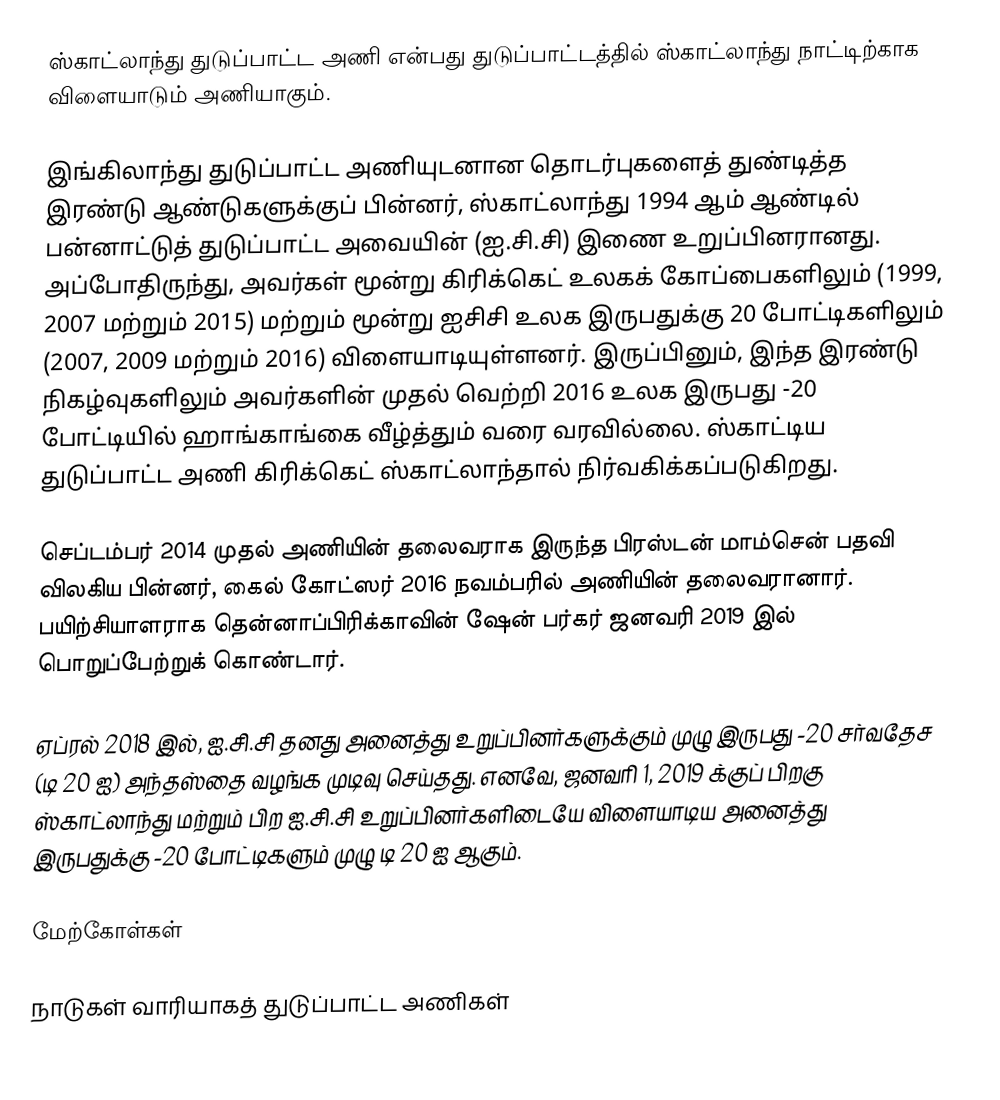
ஸ்காட்லாந்து துடுப்பாட்ட அணி என்பது துடுப்பாட்டத்தில் ஸ்காட்லாந்து நாட்டிற்காக விளையாடும் அணியாகும்.

இங்கிலாந்து துடுப்பாட்ட அணியுடனான தொடர்புகளைத் துண்டித்த இரண்டு ஆண்டுகளுக்குப் பின்னர், ஸ்காட்லாந்து 1994 ஆம் ஆண்டில் பன்னாட்டுத் துடுப்பாட்ட அவையின் (ஐ.சி.சி) இணை உறுப்பினரானது. அப்போதிருந்து, அவர்கள் மூன்று கிரிக்கெட் உலகக் கோப்பைகளிலும் (1999, 2007 மற்றும் 2015) மற்றும் மூன்று ஐசிசி உலக இருபதுக்கு 20 போட்டிகளிலும் (2007, 2009 மற்றும் 2016) விளையாடியுள்ளனர். இருப்பினும், இந்த இரண்டு நிகழ்வுகளிலும் அவர்களின் முதல் வெற்றி 2016 உலக இருபது -20 போட்டியில் ஹாங்காங்கை வீழ்த்தும் வரை வரவில்லை.  ஸ்காட்டிய துடுப்பாட்ட அணி கிரிக்கெட் ஸ்காட்லாந்தால் நிர்வகிக்கப்படுகிறது.

செப்டம்பர் 2014 முதல் அணியின் தலைவராக இருந்த பிரஸ்டன் மாம்சென் பதவி விலகிய பின்னர், கைல் கோட்ஸர் 2016 நவம்பரில் அணியின் தலைவரானார். பயிற்சியாளராக  தென்னாப்பிரிக்காவின் ஷேன் பர்கர் ஜனவரி 2019 இல் பொறுப்பேற்றுக் கொண்டார்.

ஏப்ரல் 2018 இல், ஐ.சி.சி தனது அனைத்து உறுப்பினர்களுக்கும் முழு இருபது -20 சர்வதேச (டி 20 ஐ) அந்தஸ்தை வழங்க முடிவு செய்தது. எனவே, ஜனவரி 1, 2019 க்குப் பிறகு ஸ்காட்லாந்து மற்றும் பிற ஐ.சி.சி உறுப்பினர்களிடையே விளையாடிய அனைத்து இருபதுக்கு -20 போட்டிகளும் முழு டி 20 ஐ ஆகும்.

மேற்கோள்கள்

நாடுகள் வாரியாகத் துடுப்பாட்ட அணிகள்